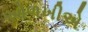
ઓળખીએ